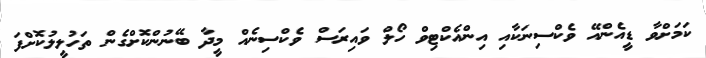
ކަމަށްވާ ޑީއެންއޭ ވެކްސިނަކާއި އިންއެކްޓިވް ހޯލް ވައިރަސް ވެކްސިނެއް މީދާ ބޭނުންކޮށްގެން ތަހުލީލުކޮށްފަ